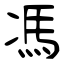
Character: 馮